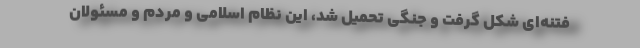
فتنه‌ای شکل گرفت و جنگی تحمیل شد، این نظام اسلامی و مردم و مسئولان